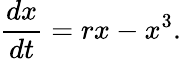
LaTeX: {\frac{dx}{dt}}=rx-x^{3}.